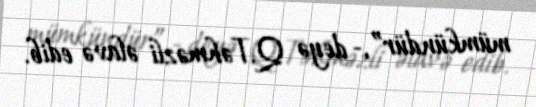
mümkündür”,- deyə Q.Təhməzli əlavə edib.